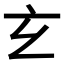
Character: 𤣥